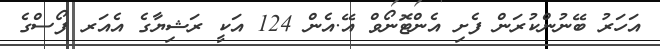
އަހަރު ބޭނުންކުރަން ފެށި އެންޓޮނޯވް އޭ.އެން 124 އަކީ ރަޝިޔާގެ އެއަރ ފޯސްގެ